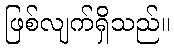
ဖြစ်လျက်ရှိသည်။